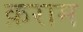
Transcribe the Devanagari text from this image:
क़राम